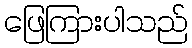
ဖြေကြားပါသည်